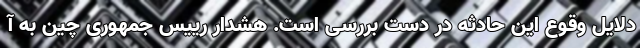
دلایل وقوع این حادثه در دست بررسی است. هشدار رییس جمهوری چین به آ